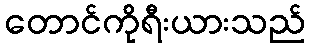
တောင်ကိုရီးယားသည်